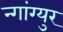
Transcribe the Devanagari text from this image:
न्गांग्युर